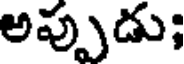
అప్పుడు;